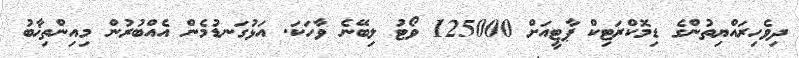
ދިވެހިރައްޔިތުންގެ ޑިމޮކްރަޓިކް ޕާޓީއަށް 125000 ވޯޓު ލިބޭނެ ވާހަކަ. އަޅުގަނޑުމެން އެއްބުރުން މިއިންތިޚާބު